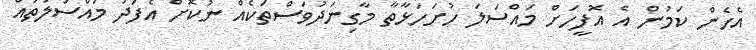
އެހެން ކަމުން އެ އޮފީހަށް މައްސަލަ ހުށަހަޅާތާ މާގިނަދުވަސްތަކެއް ނުކޮށް އެފަދަ މައްސަލަތައް